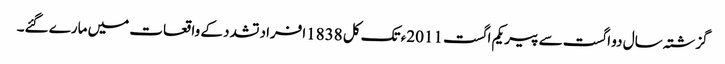
گزشتہ سال دو اگست سے پیر یکم اگست 2011ء تک کل 1838افراد تشدد کے واقعات میں مارے گئے۔